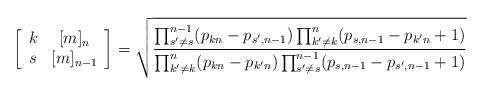
LaTeX: \begin{align*}\left[\begin{array}{cc}k & [m]_n\\s & [m]_{n-1}\end{array}\right]=\sqrt{\frac{\prod_{s^\prime \neq s}^{n-1} (p_{kn}-p_{s^\prime, n-1})\prod_{k^\prime \neq k}^n (p_{s, n-1}-p_{k^\prime n}+1)}{\prod_{k^\prime \neq k}^n (p_{kn}-p_{k^\prime n})\prod_{s^\prime \neq s}^{n-1} (p_{s, n-1}-p_{s^\prime, n-1}+1)}}\end{align*}